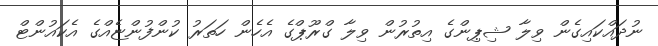
ނުދައްކައިގެން ވިލާ ޝިޕިންގެ އިތުރުން ވިލާ ގްރޫޕްގެ އެހެން ހަތަރު ކުންފުންޏެއްގެ އެކައުންޓް